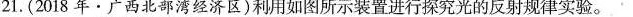
21.(2018年·广西北部湾经济区)利用如图所示装置进行探究光的反射规律实验。